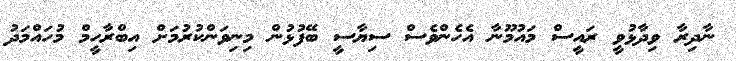
ނާދިރާ ވިދާޅުވީ ރައީސް މައުމޫނާ އެހެންވެސް ސިޔާސީ ބޭފުޅުން މިނިވަންކުރުމަށް އިބްރާހީމް މުހައްމަދު